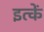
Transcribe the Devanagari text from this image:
इत्कें